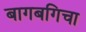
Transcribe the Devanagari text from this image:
बागबगिचा